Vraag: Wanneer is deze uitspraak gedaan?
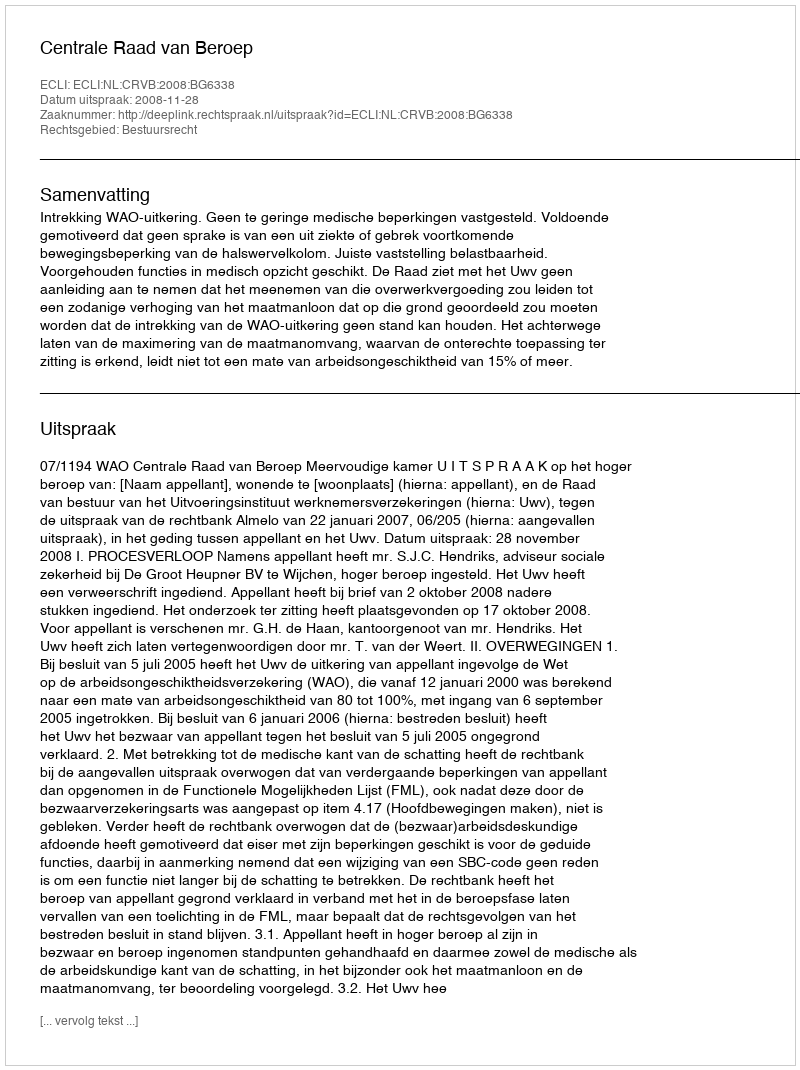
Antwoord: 2008-11-28